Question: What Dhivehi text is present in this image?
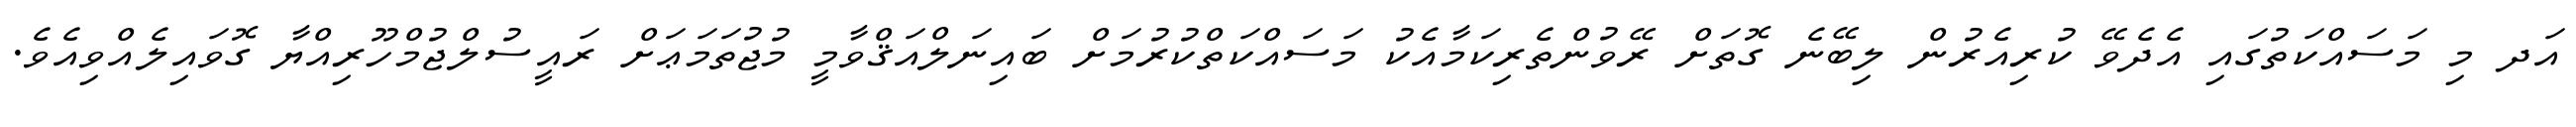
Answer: އަދ މި މަސައްކަތުގައި އެދެވޭ ކުރިއެރުން ލިބޭނެ ގޮތަށް ރޭވުންތެރިކަމާއެކު މަސައްކަތްކުރުމަށް ބައިނަލްއަޤްވާމީ މުޖުތަމަޢަށް ރައީސުލްޖުމްހޫރިއްޔާ ގޮވައިލެއްވިއެވެ.